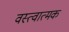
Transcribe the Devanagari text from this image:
वस्त्वात्मक